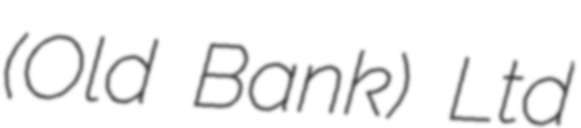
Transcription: (Old Bank) Ltd